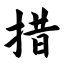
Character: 措